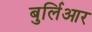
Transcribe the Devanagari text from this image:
बुर्लिआर